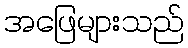
အဖြေများသည်